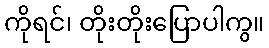
ကိုရင်၊ တိုးတိုးပြောပါကွ။